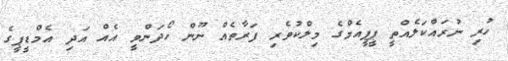
ހުރި ނުރައްކަލެއްތީ ޕީޕީއެމްގެ މިލްކުވެރި ފަރާތެއް ނޫން ހޯދަންވީ އެއް އަދި އެމްޑީޕީގެ